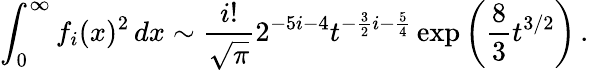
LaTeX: \int_{0}^{\infty}f_{i}(x)^{2}\, dx\sim{\frac{i!}{\sqrt\pi}}2^{-5i-4}t^{-{\frac{3}{2}}i-{\frac{5}{4}}}\exp\left({\frac{8}{3}}t^{3/2}\right)\, .